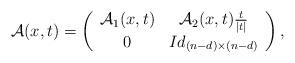
LaTeX: \begin{align*}\mathcal{A}(x,t)= \left( {\begin{array}{cc} \mathcal{A}_1(x,t)& \mathcal{A}_2(x,t) \frac{t}{|t|}\\0 & Id_{(n-d)\times (n-d)} \\ \end{array} } \right),\end{align*}